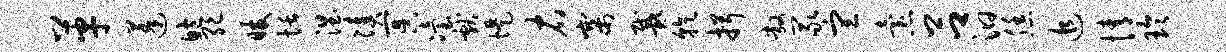
革蓬鲍绝暖恬涅凑冥冶献堤右寨戴乾揖敞冢宣怠吕汩恁追情玲